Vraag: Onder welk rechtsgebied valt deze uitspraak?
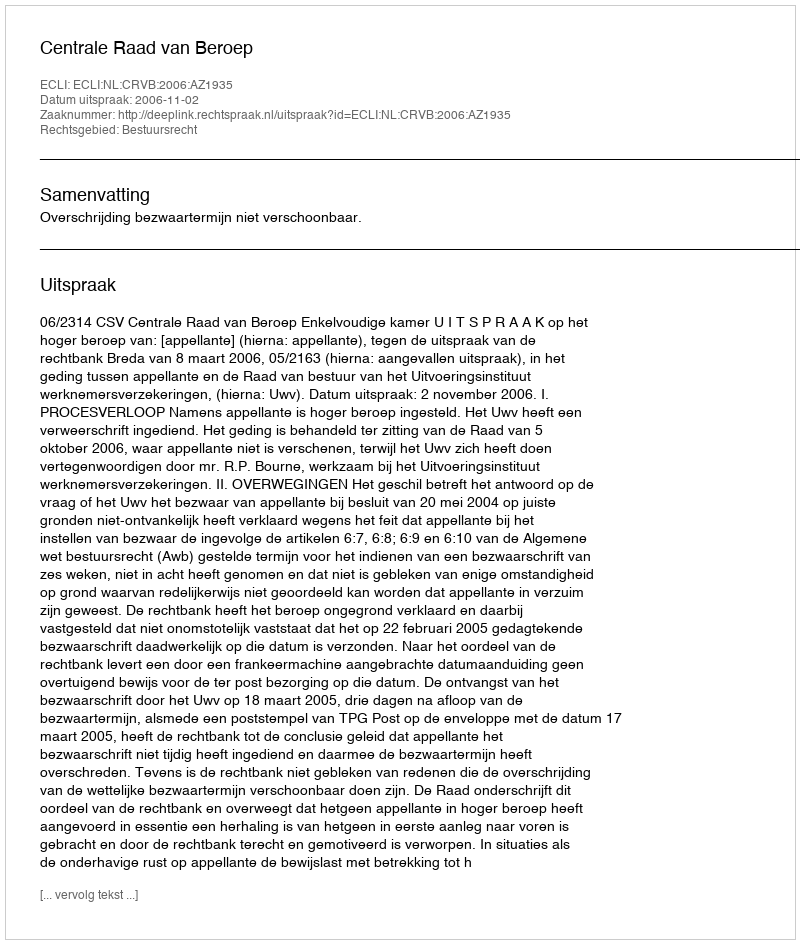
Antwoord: Bestuursrecht